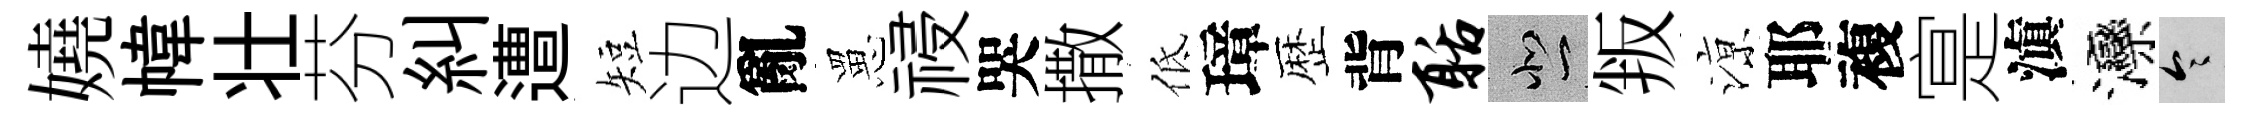
嬈幃壮芬糾遭短边亂罳祲哭撒低璋歴背聒悲叛鿌耶複寔滇灤令